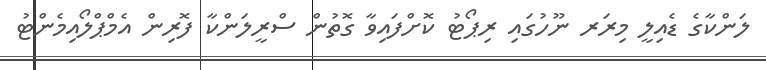
ލަންކާގެ ޑެއިލީ މިރަރ ނޫހުގައި ރިޕޯޓު ކޮށްފައިވާ ގޮތުން ސްރީލަންކާ ފޮރިން އެމްޕްލޯއިމެންޓު